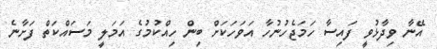
އޭނާ ވިދާޅުވީ ފައިސާ ހަމަޖެހުނުހާ އަވަހަކަށް ބިން ހިއްކުމުގެ އަމަލީ މަސައްކަތް ފަށާނެ